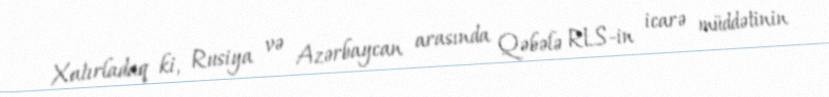
Xatırladaq ki, Rusiya və Azərbaycan arasında Qəbələ RLS-in icarə müddətinin